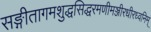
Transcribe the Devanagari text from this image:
सङ्गीतागमशुद्धसिद्धरमणीमञ्जीरधीरध्वनिम्